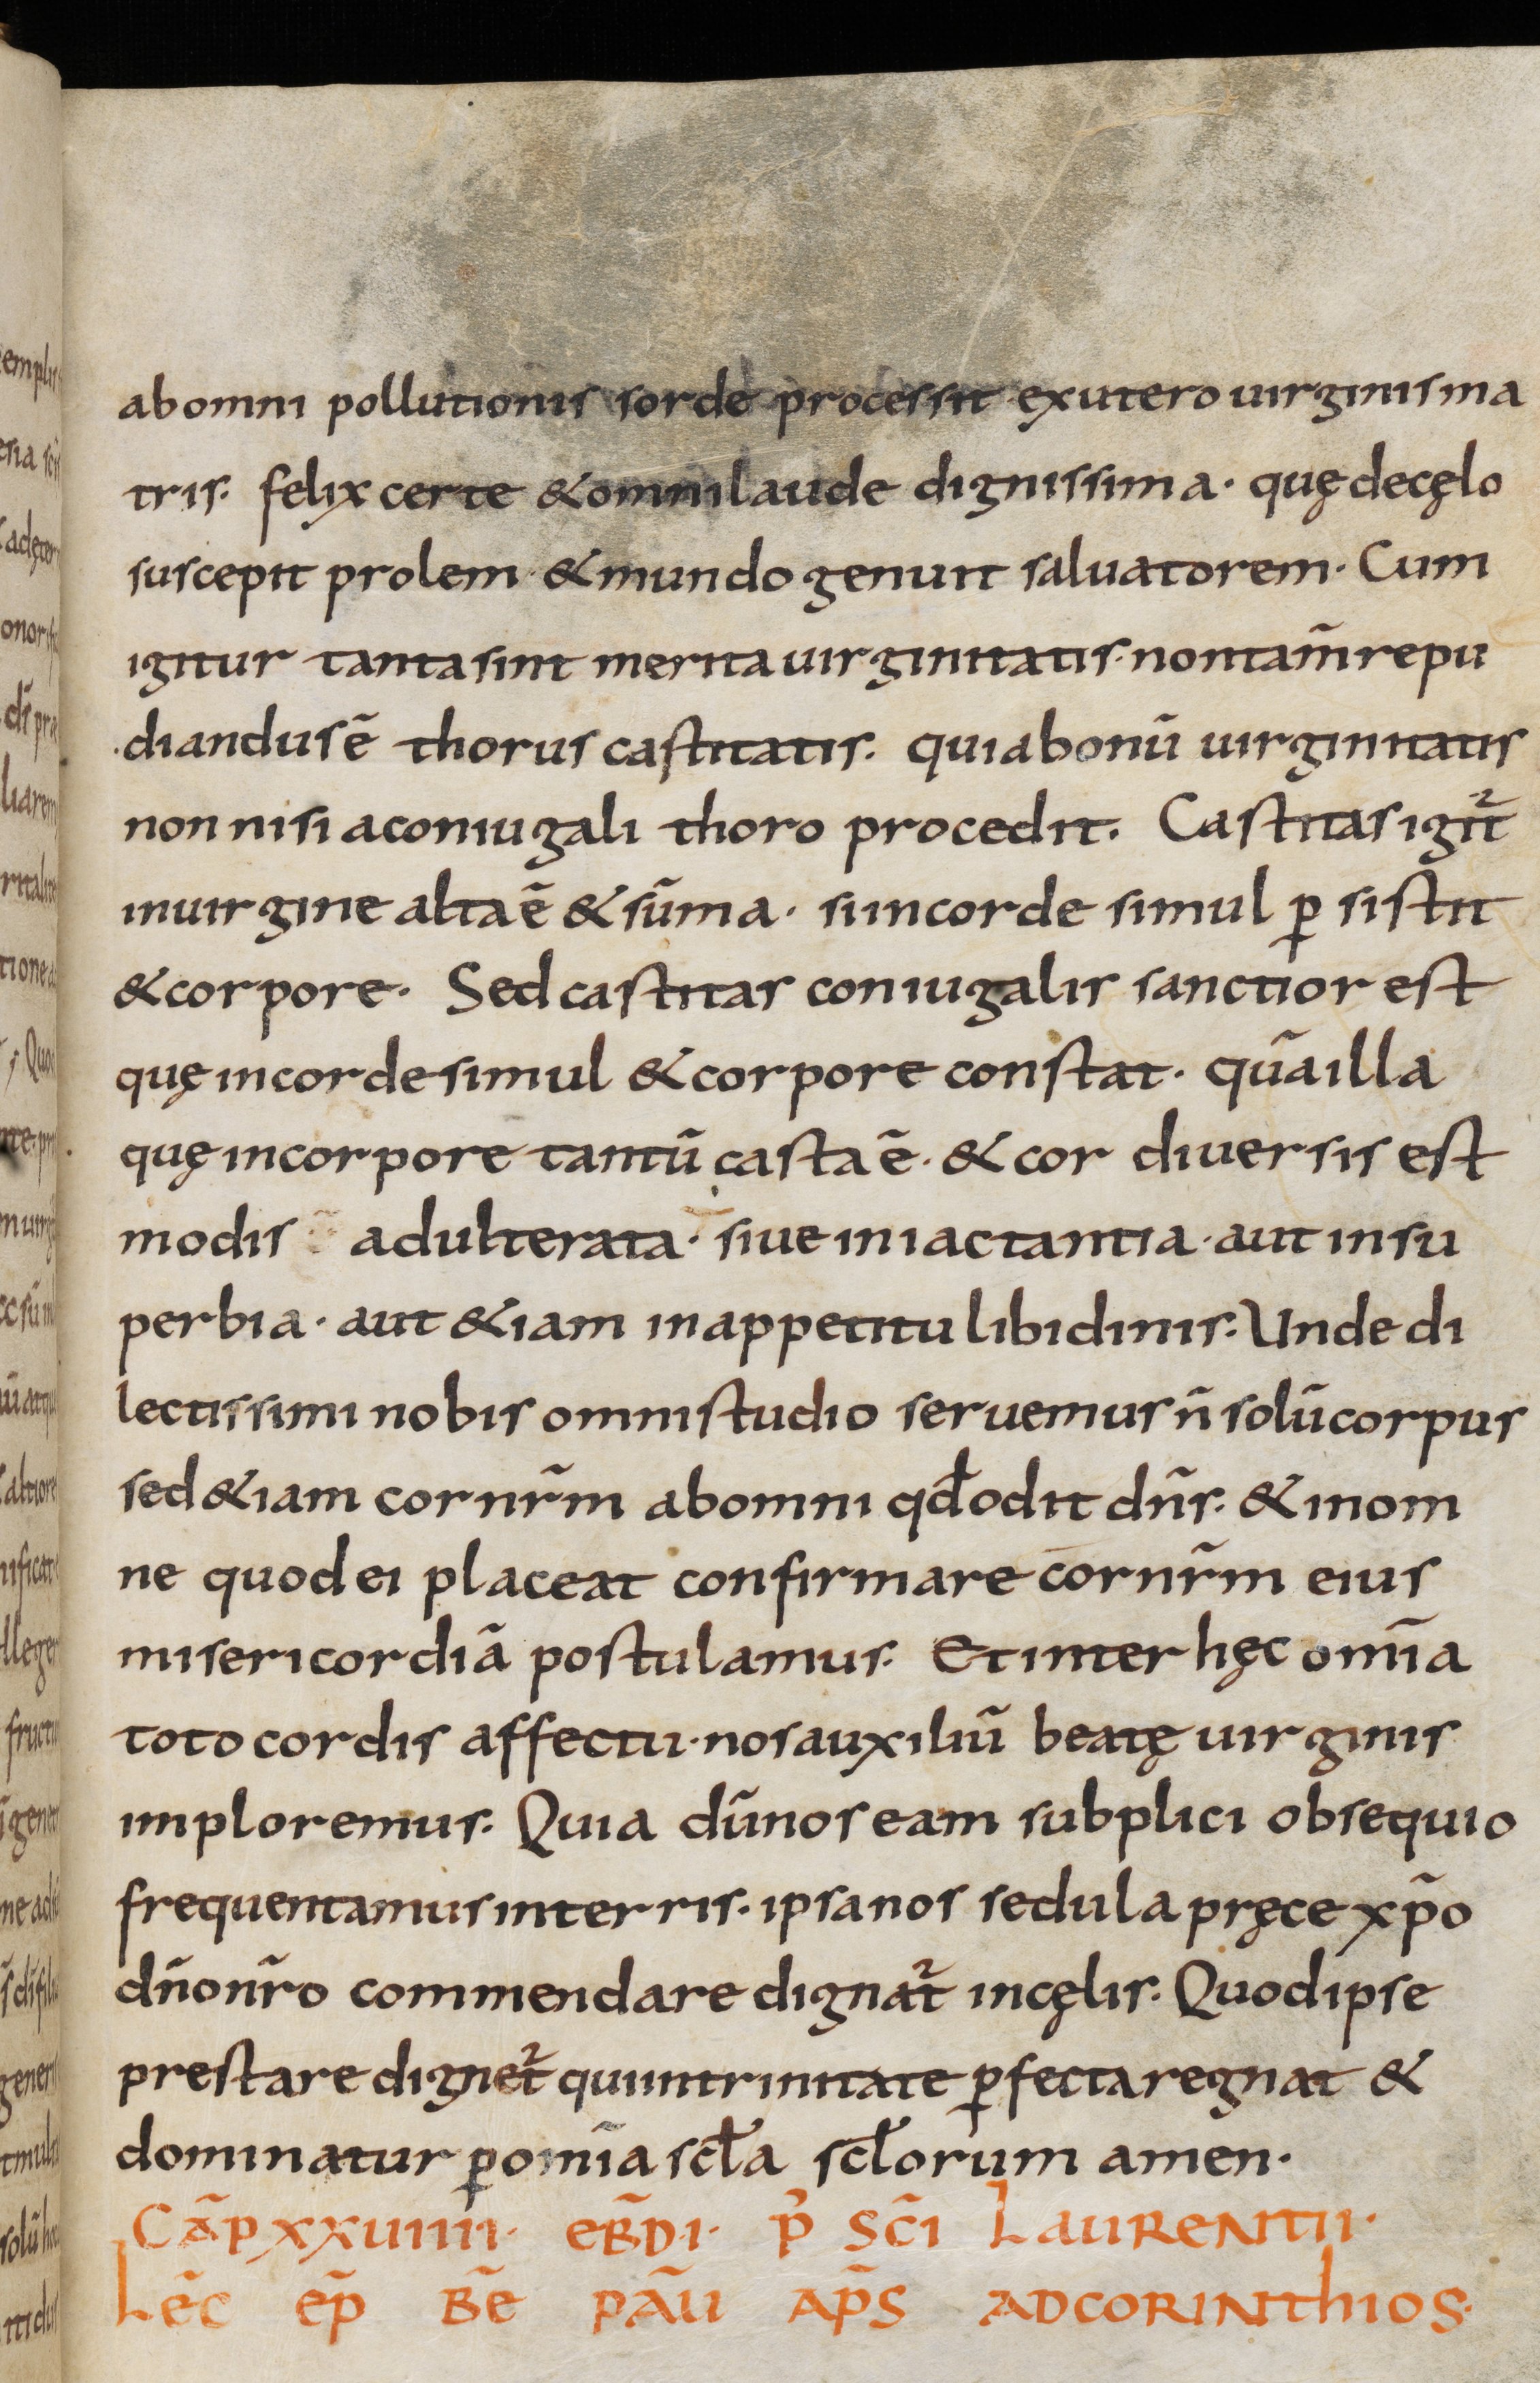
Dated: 800–899